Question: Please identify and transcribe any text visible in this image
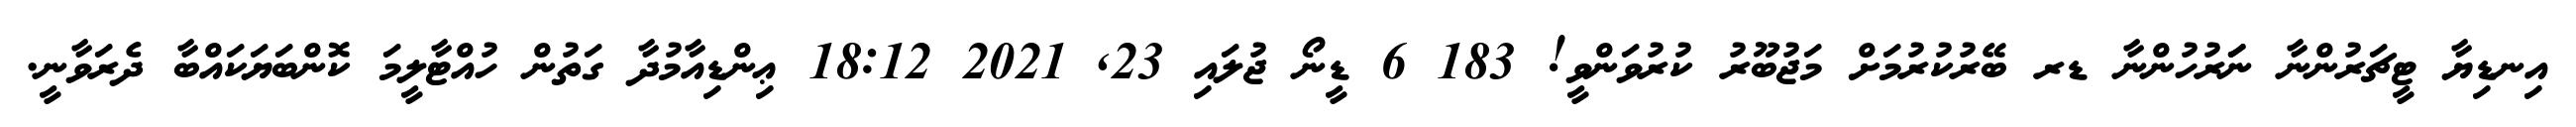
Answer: އިނޑިޔާ ޓީޗަރުންނާ ނަަރުހުންނާ ޑރ ބޭރުކުރުމަށް މަޖުބޫރު ކުރުވަންވީ! 183 6 ޑީނޯ ޖުލައި 23, 2021 18:12 ޢިންޑިއާމުދާ ގަތުން ހުއްޓާލީމަ ކޮންބަޔަކައްބާ ދެރަވާނީ.